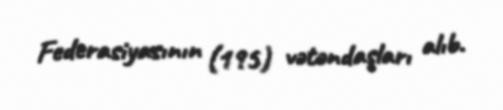
Federasiyasının (195) vətəndaşları alıb.